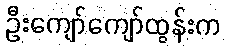
ဦးကျော်ကျော်ထွန်းက